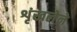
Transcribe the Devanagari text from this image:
शृंखलेने